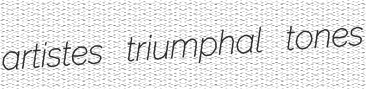
artistes triumphal tones